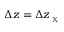
\Delta z = \Delta z _ { _ { \textrm { X } } }